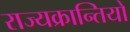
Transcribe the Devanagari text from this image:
राज्यक्रान्तियों